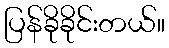
ပြန်ခိုခိုင်းတယ်။